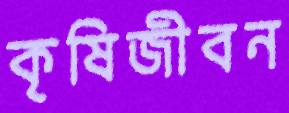
কৃষিজীবন